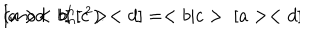
[ a > < b ] \; [ c > < d ] = < b | c > \; [ a > < d ] \hspace { 1 i n } ( m o d . \; b _ { n } ^ { h - 2 } ) { } .